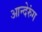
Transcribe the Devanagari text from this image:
आन्देरुंग